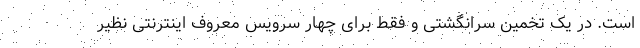
است. در یک تخمین سرانگشتی و فقط برای چهار سرویس معروف اینترنتی نظیر